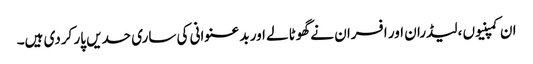
ان کمپنیوں ،لیڈران اور افسران نے گھوٹالے اور بد عنوانی کی ساری حدیں پار کردی ہیں۔